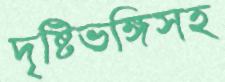
দৃষ্টিভঙ্গিসহ